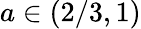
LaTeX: a\in(2/3,1)